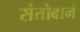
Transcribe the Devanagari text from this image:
संतोबानं